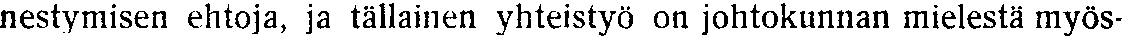
nestymisen ehtoja, ja tällainen yhteistyö on johtokunnan mielestä myös-